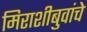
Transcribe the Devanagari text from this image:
मिराशीबुवांचे